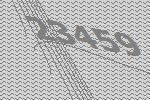
23459